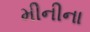
મીનીના